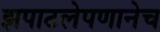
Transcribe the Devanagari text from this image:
झपाटलेपणानेच